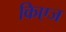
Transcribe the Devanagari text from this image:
किएज